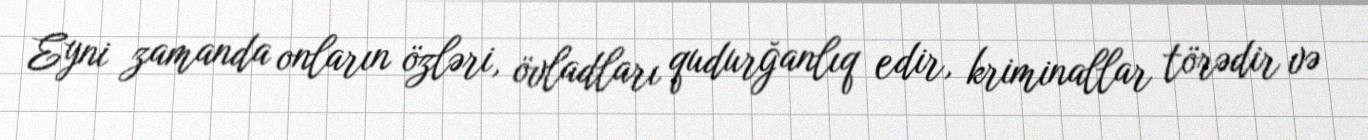
Eyni zamanda onların özləri, övladları qudurğanlıq edir, kriminallar törədir və